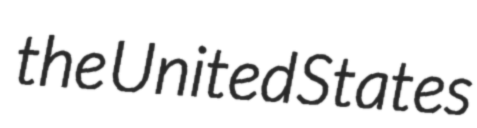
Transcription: the United States